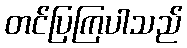
တင်ပြကြပါသည်